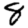
Digit: 8